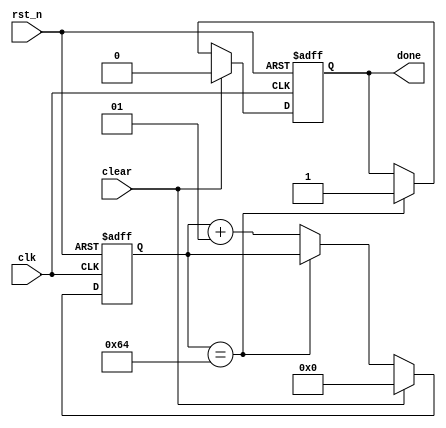
module mod_tcounter
  #(
    parameter N=100
    )
   (
    input      clk,
    input      rst_n,
    input      clear,
    output reg done
    );

   integer     clk_count;

   initial begin
      clk_count = 0;
      done      = 0;      
   end

   always @(posedge clk, negedge rst_n) begin
      if (!rst_n) begin
	 done      <= 0;
	 clk_count <= 0;	 
      end
      else begin
	 if (clear) begin	    
	    clk_count <= 0;
	    done      <= 0;
	 end
	 else if (clk_count == N) 
	    done <= 1;
	 else 
	    clk_count <= clk_count + 1;	   	 
      end
   end
   
   
endmodule